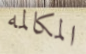
المكالمه